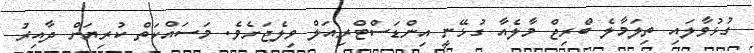
ގުޅުވާލައި ތިލަމާލެ ބްރިޖް މާލެއާ ގުޅޭނީ އިންޑަސްޓްރިއަލް ވިލެޖަށެވެ. މަސައްކަތް ކުރިޔަށް ދާއިރު